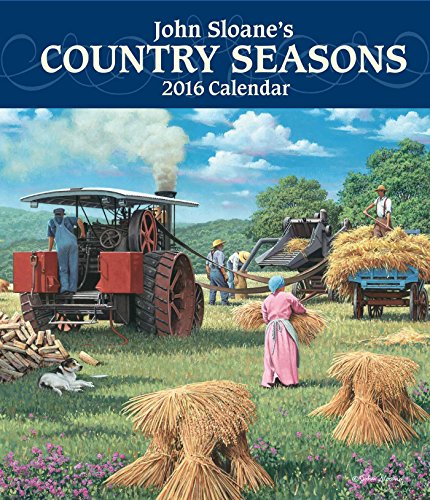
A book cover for John Sloane's Country Seasons 2016 Monthly/Weekly Planner Calendar; John Sloane; Arts & Photography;